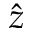
\hat { z }